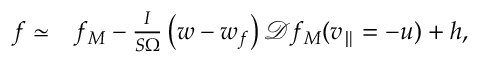
\begin{array} { r l } { f \simeq } & { { } f _ { M } - \frac { I } { S \Omega } \left( w - w _ { f } \right) \mathcal { D } f _ { M } ( v _ { \parallel } = - u ) + h , } \end{array}